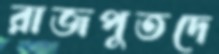
রাজপুতদে